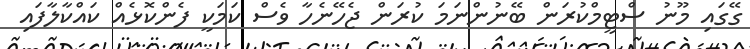
ގޭގައި މޫނު ސްޓީމްކުރަން ބޭނުންނަމަ ކުރަން ޖެހޭނެހާ ވެސް ކަމަކީ ފެންކޮޅެއް ކައްކާލާފައި